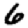
Digit: 6